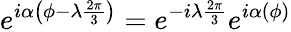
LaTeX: e^{i\alpha\left(\phi-\lambda\frac{2\pi}{3}\right)}=e^{-i\lambda\frac{2\pi}{3}}e^{i\alpha(\phi)}